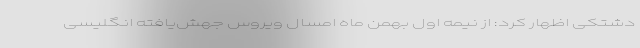
دشتکی اظهار کرد: از نیمه اول بهمن ماه امسال ویروس جهش‌یافته انگلیسی